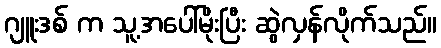
ဂျူးဒစ် က သူ့အပေါ်မိုးပြီး ဆွဲလှန်လိုက်သည်။